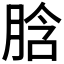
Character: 𦛜